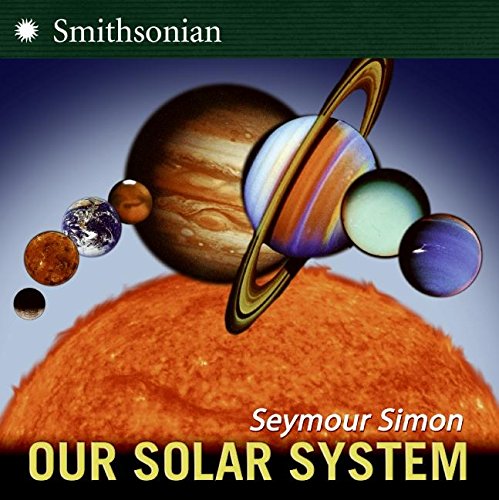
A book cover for Our Solar System (revised edition); Seymour Simon; Science & Math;